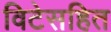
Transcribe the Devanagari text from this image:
विटेसहित